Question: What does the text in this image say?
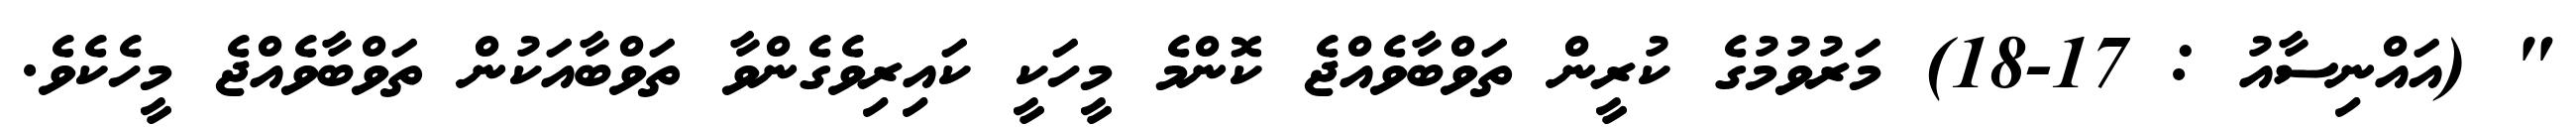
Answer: " (އައްނިސާއު : 17-18) މަރުވުމުގެ ކުރީން ތަވްބާވެއްޖެ ކޮންމެ މީހަކީ ކައިރިވެގެންވާ ތަވްބާއަކުން ތަވްބާވެއްޖެ މީހެކެވެ.